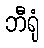
ဘီရုံ